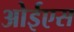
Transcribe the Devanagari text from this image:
ओईएस